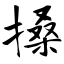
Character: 搡